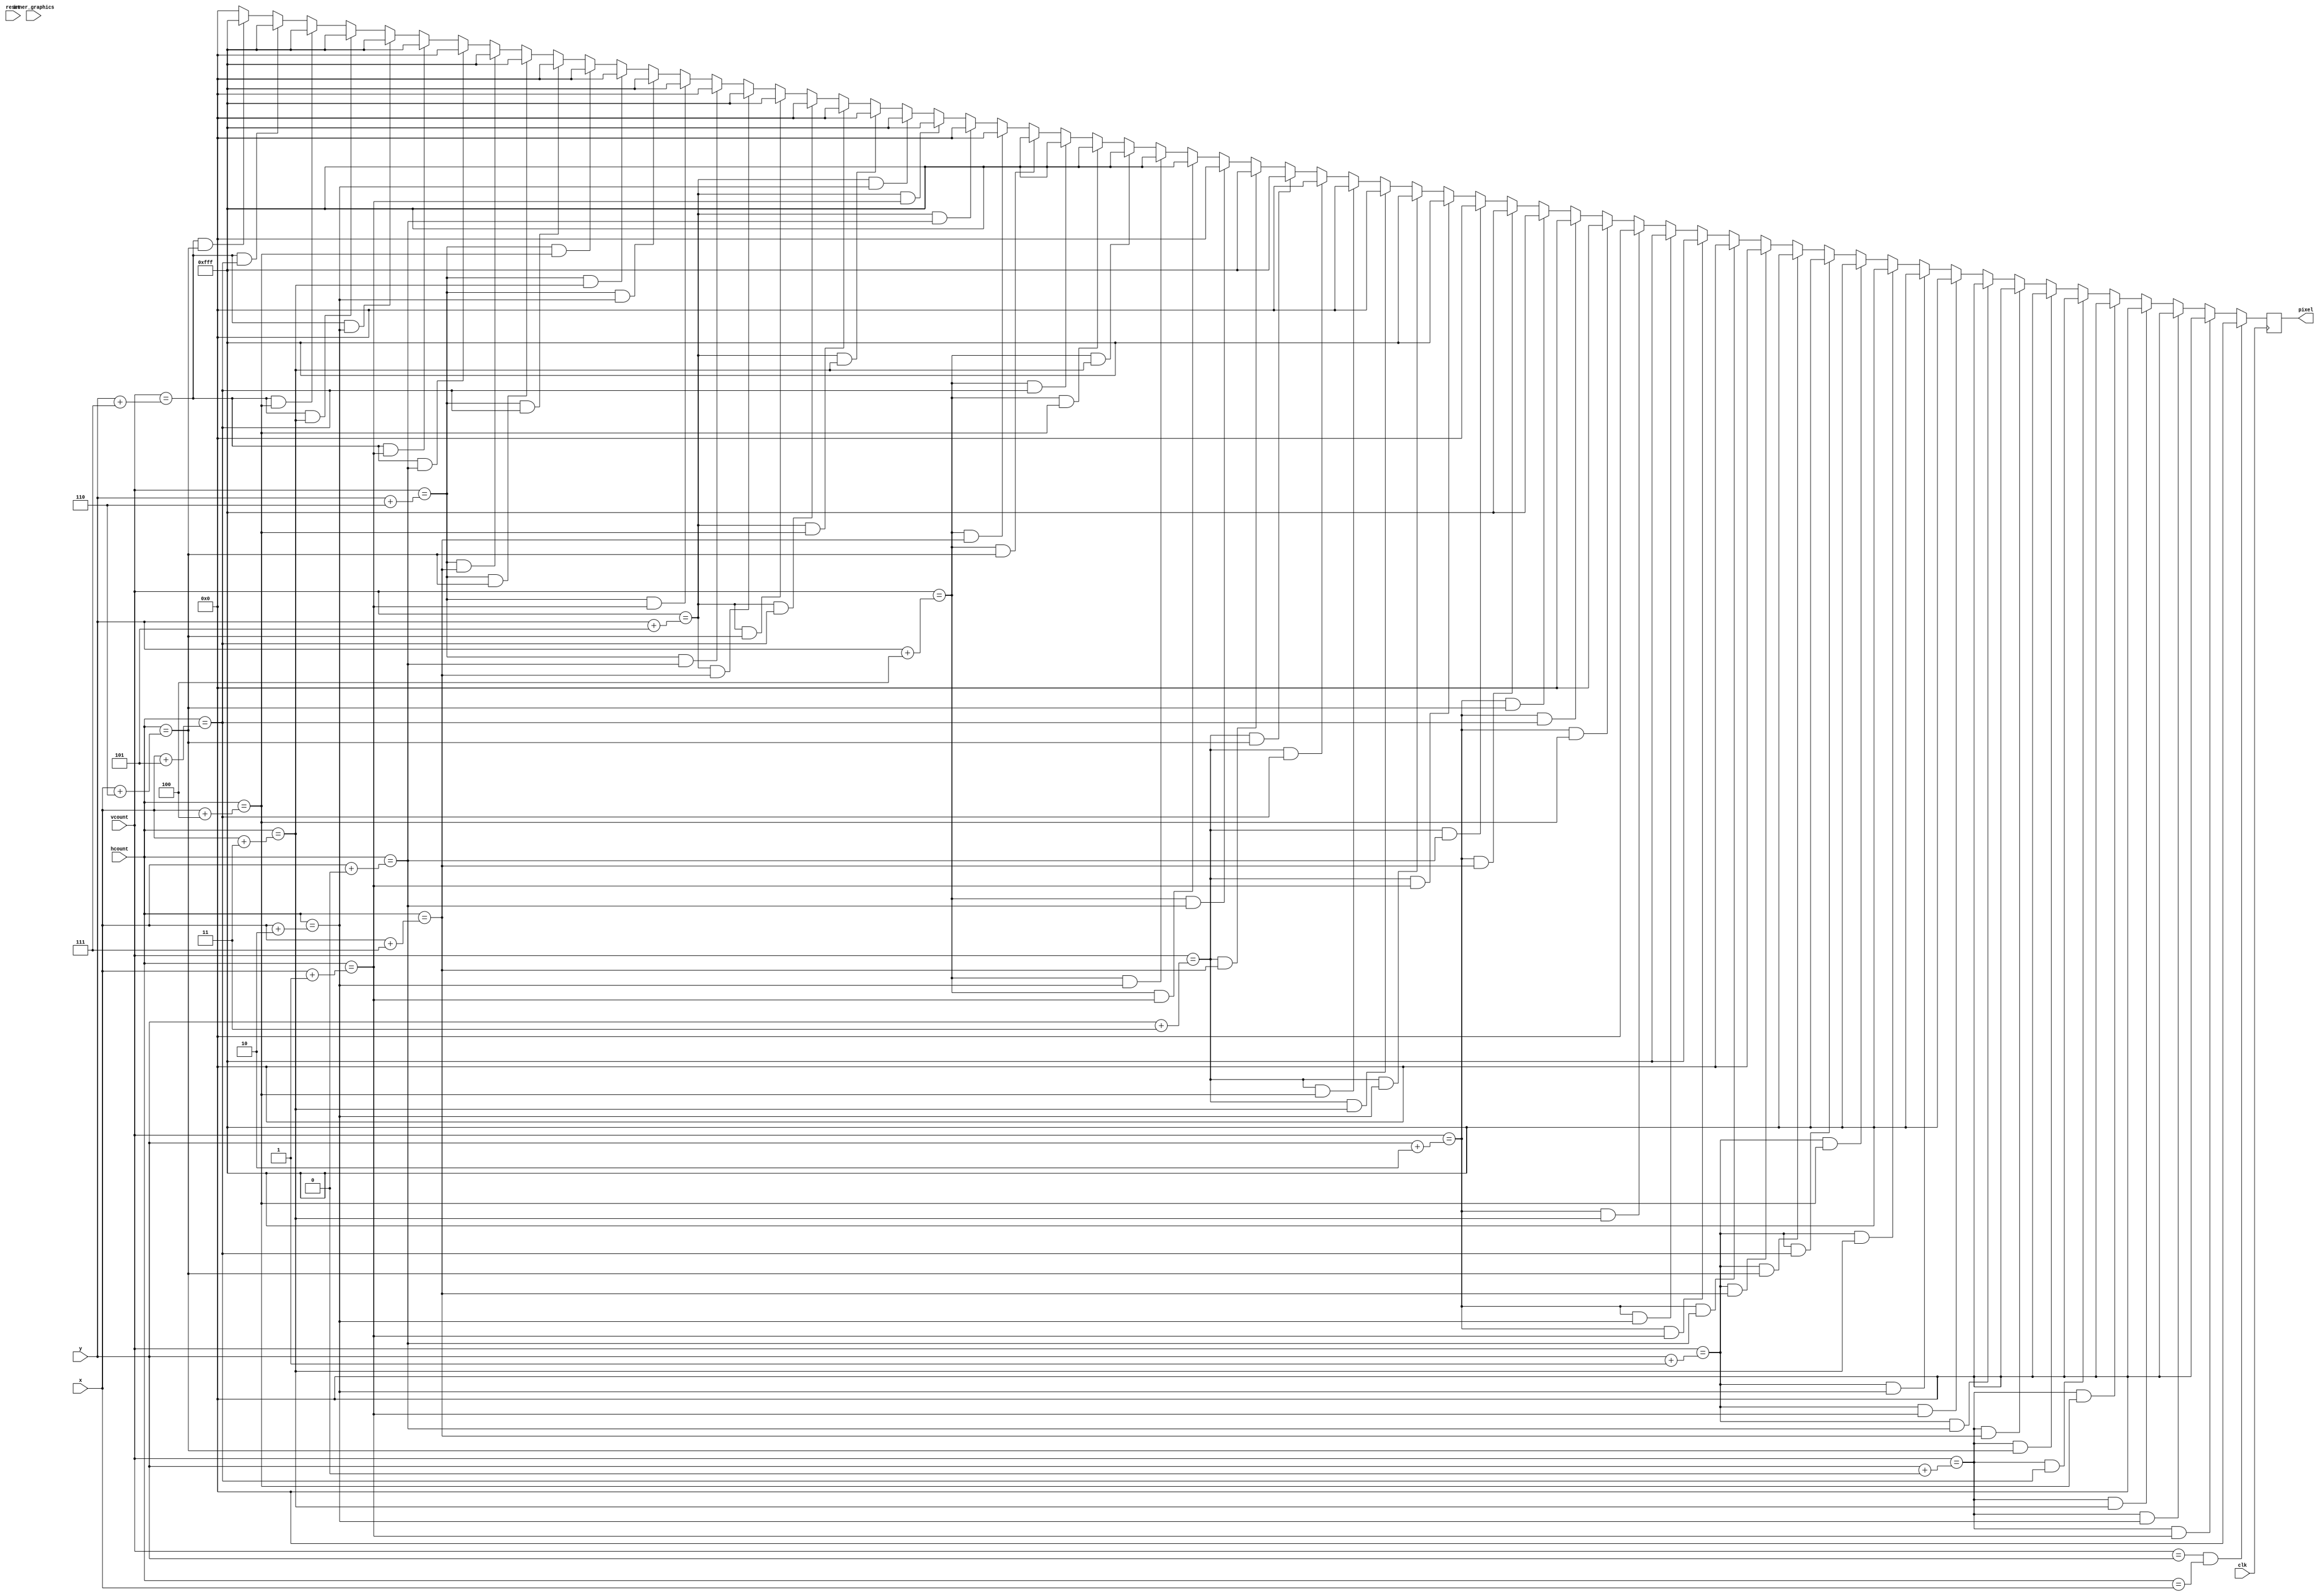
module letter_b (
    input clk,
    input reset,
    input inner_graphics,
    input [10:0] hcount,
    input [9:0] vcount,
    input [10:0] x,
    input [9:0] y,
    output reg [11:0] pixel
    );

    always @(posedge clk) begin
        if (vcount == y && hcount == x) pixel <= 12'h000;
        else if (vcount == y + 0 && hcount == x + 1) pixel <= 12'h000;
        else if (vcount == y + 0 && hcount == x + 2) pixel <= 12'h000;
        else if (vcount == y + 0 && hcount == x + 3) pixel <= 12'h000;
        else if (vcount == y + 0 && hcount == x + 4) pixel <= 12'h000;
        else if (vcount == y + 0 && hcount == x + 5) pixel <= 12'h000;
        else if (vcount == y + 0 && hcount == x + 6) pixel <= 12'h000;
        else if (vcount == y + 0 && hcount == x + 7) pixel <= 12'h000;
        else if (vcount == y + 1 && hcount == x + 0) pixel <= 12'h000;
        else if (vcount == y + 1 && hcount == x + 1) pixel <= 12'hFFF;
        else if (vcount == y + 1 && hcount == x + 2) pixel <= 12'hFFF;
        else if (vcount == y + 1 && hcount == x + 3) pixel <= 12'hFFF;
        else if (vcount == y + 1 && hcount == x + 4) pixel <= 12'hFFF;
        else if (vcount == y + 1 && hcount == x + 5) pixel <= 12'hFFF;
        else if (vcount == y + 1 && hcount == x + 6) pixel <= 12'hFFF;
        else if (vcount == y + 1 && hcount == x + 7) pixel <= 12'h000;
        else if (vcount == y + 2 && hcount == x + 0) pixel <= 12'h000;
        else if (vcount == y + 2 && hcount == x + 1) pixel <= 12'hFFF;
        else if (vcount == y + 2 && hcount == x + 2) pixel <= 12'hFFF;
        else if (vcount == y + 2 && hcount == x + 3) pixel <= 12'h000;
        else if (vcount == y + 2 && hcount == x + 4) pixel <= 12'h000;
        else if (vcount == y + 2 && hcount == x + 5) pixel <= 12'h000;
        else if (vcount == y + 2 && hcount == x + 6) pixel <= 12'hFFF;
        else if (vcount == y + 2 && hcount == x + 7) pixel <= 12'hFFF;
        else if (vcount == y + 3 && hcount == x + 0) pixel <= 12'h000;
        else if (vcount == y + 3 && hcount == x + 1) pixel <= 12'hFFF;
        else if (vcount == y + 3 && hcount == x + 2) pixel <= 12'hFFF;
        else if (vcount == y + 3 && hcount == x + 3) pixel <= 12'h000;
        else if (vcount == y + 3 && hcount == x + 4) pixel <= 12'h000;
        else if (vcount == y + 3 && hcount == x + 5) pixel <= 12'h000;
        else if (vcount == y + 3 && hcount == x + 6) pixel <= 12'hFFF;
        else if (vcount == y + 3 && hcount == x + 7) pixel <= 12'hFFF;
        else if (vcount == y + 4 && hcount == x + 0) pixel <= 12'h000;
        else if (vcount == y + 4 && hcount == x + 1) pixel <= 12'hFFF;
        else if (vcount == y + 4 && hcount == x + 2) pixel <= 12'hFFF;
        else if (vcount == y + 4 && hcount == x + 3) pixel <= 12'hFFF;
        else if (vcount == y + 4 && hcount == x + 4) pixel <= 12'hFFF;
        else if (vcount == y + 4 && hcount == x + 5) pixel <= 12'hFFF;
        else if (vcount == y + 4 && hcount == x + 6) pixel <= 12'hFFF;
        else if (vcount == y + 4 && hcount == x + 7) pixel <= 12'h000;
        else if (vcount == y + 5 && hcount == x + 0) pixel <= 12'h000;
        else if (vcount == y + 5 && hcount == x + 1) pixel <= 12'hFFF;
        else if (vcount == y + 5 && hcount == x + 2) pixel <= 12'hFFF;
        else if (vcount == y + 5 && hcount == x + 3) pixel <= 12'h000;
        else if (vcount == y + 5 && hcount == x + 4) pixel <= 12'h000;
        else if (vcount == y + 5 && hcount == x + 5) pixel <= 12'h000;
        else if (vcount == y + 5 && hcount == x + 6) pixel <= 12'hFFF;
        else if (vcount == y + 5 && hcount == x + 7) pixel <= 12'hFFF;
        else if (vcount == y + 6 && hcount == x + 0) pixel <= 12'h000;
        else if (vcount == y + 6 && hcount == x + 1) pixel <= 12'hFFF;
        else if (vcount == y + 6 && hcount == x + 2) pixel <= 12'hFFF;
        else if (vcount == y + 6 && hcount == x + 3) pixel <= 12'h000;
        else if (vcount == y + 6 && hcount == x + 4) pixel <= 12'h000;
        else if (vcount == y + 6 && hcount == x + 5) pixel <= 12'h000;
        else if (vcount == y + 6 && hcount == x + 6) pixel <= 12'hFFF;
        else if (vcount == y + 6 && hcount == x + 7) pixel <= 12'hFFF;
        else if (vcount == y + 7 && hcount == x + 0) pixel <= 12'h000;
        else if (vcount == y + 7 && hcount == x + 1) pixel <= 12'hFFF;
        else if (vcount == y + 7 && hcount == x + 2) pixel <= 12'hFFF;
        else if (vcount == y + 7 && hcount == x + 3) pixel <= 12'hFFF;
        else if (vcount == y + 7 && hcount == x + 4) pixel <= 12'hFFF;
        else if (vcount == y + 7 && hcount == x + 5) pixel <= 12'hFFF;
        else if (vcount == y + 7 && hcount == x + 6) pixel <= 12'hFFF;
        else if (vcount == y + 7 && hcount == x + 7) pixel <= 12'h000;
        else pixel <= 12'h000;
    end
endmodule